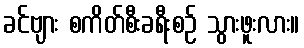
ခင်ဗျား စကိတ်စီးခရီးစဉ် သွားဖူးလား။